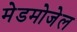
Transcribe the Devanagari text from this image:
मेडमोजेल